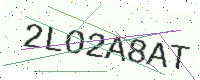
Text: 2LO2A8AT